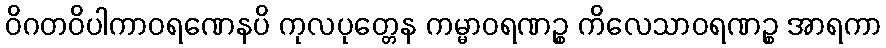
ဝိဂတဝိပါကာဝရဏေနပိ ကုလပုတ္တေန ကမ္မာဝရဏဉ္စ ကိလေသာဝရဏဉ္စ အာရကာ